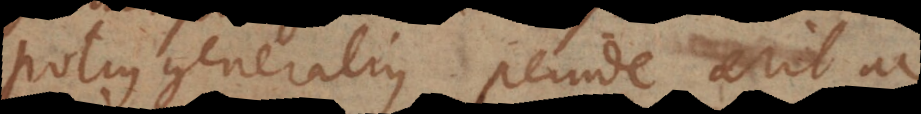
potius generalius, perinde erit ac